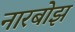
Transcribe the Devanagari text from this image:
नारबोझ